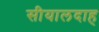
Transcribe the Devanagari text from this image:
सीयालदाह